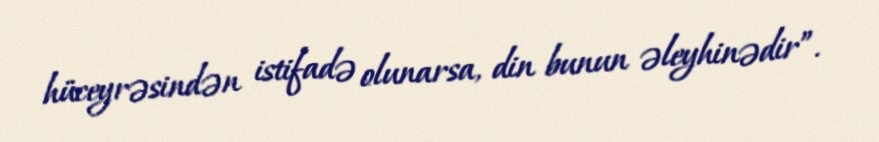
hüceyrəsindən istifadə olunarsa, din bunun əleyhinədir”.